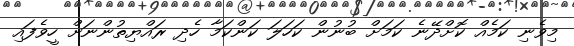
މިވެނި ކަމެއް ކޮށްދޭނެ ކަމަށް ބުނުން ކަހަލަ ކަންކަމާ ހެދި ރައްޔިތުންނަށް ހީވެފައި